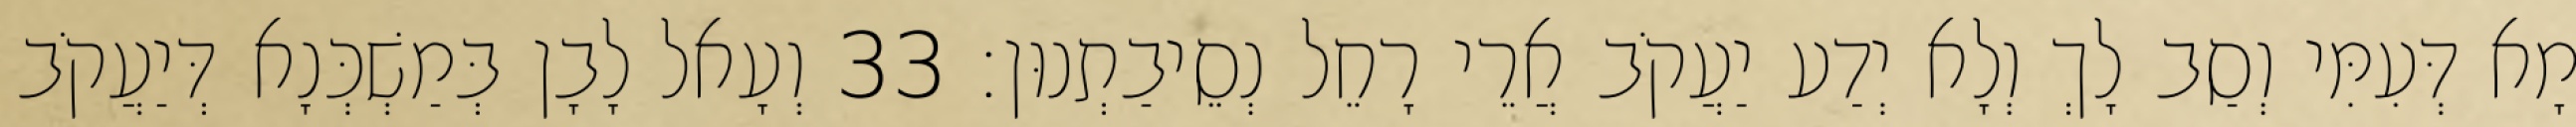
מָא דְּעִמִּי וְסַב לָךְ וְלָא יְדַע יַעֲקֹב אֲרֵי רָחֵל נְסֵיבַתְנוּן׃ 33 וְעָאל לָבָן בְּמַשְׁכְּנָא דְּיַעֲקֹב